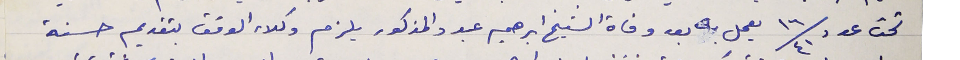
تحت عدد ١٦/٤١ يعمل به بعد وفاة الشيخ ابرهيم عبود المذكور يلزم وكلاء الوقف بتقديم حسنة